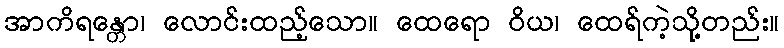
အာကိရန္တော၊ လောင်းထည့်သော။ ထေရော ဝိယ၊ ထေရ်ကဲ့သို့တည်း။